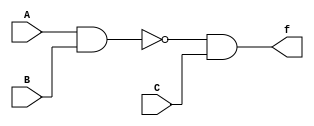
module using_supply_wire (A,B,C,f);

  input A,B,C;
  output f;
  supply0 gnd;
  supply1 vdd;
  nand G1 (t1,vdd,A,B);
  xor G2 (t2,C,gnd);
  and G3 (f,t1,t2);

endmodule